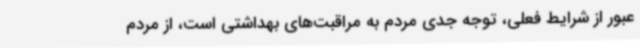
عبور از شرایط فعلی، توجه جدی مردم به مراقبت‌های بهداشتی است، از مردم